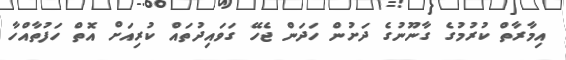
އިމާރާތް ކުރުމުގެ ގާނޫނުގެ ދަށުން ހަދަން ޖެހޭ ގަވައިދުތައް ކުރިއަށް އޮތް ހަފުތާއްހާ